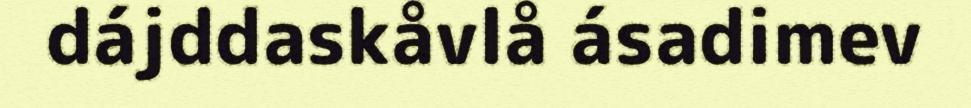
dájddaskåvlå ásadimev